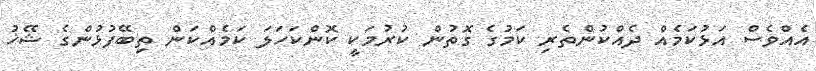
އެއްވެސް އަޅުކަމެއް ދެއްކުންތެރި ކަމުގެ ގޮތުން ކުރުމަކީ ކޮންކަހަލަ ކަމެއްކަން ތިބޭފުޅުންގެ ޝޭޚު